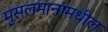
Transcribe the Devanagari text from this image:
मुसलमानांमधील